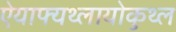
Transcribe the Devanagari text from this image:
ऐयाफ्यथ्लायोकुथ्ल